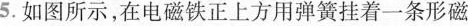
5.如图所示，在电磁铁正上方用弹簧挂着一条形磁